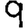
Digit: 9